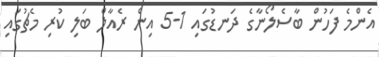
އެންމެ ފަހުން ބާސެލޯނާގެ ދަނޑުގައި 1-5 އިން ރެއާލް ބަލި ކުރި މެޗުގައި